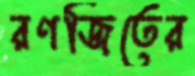
রণজিতের